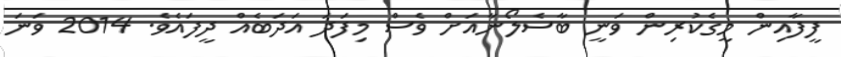
ފީފާއިން މީގެކުރިން ވަނީ ބާސެލޯނާއަށް ވެސް މިފަދަ އަދަބެއް ދީފައެވެ. 2014 ވަނަ